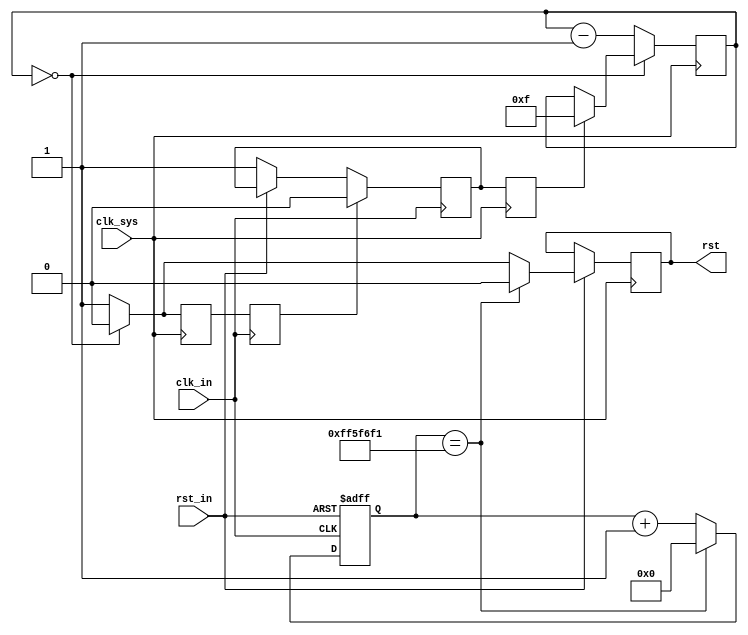
`timescale 1ns / 1ps
//////////////////////////////////////////////////////////////////////////////////
// Company: 
// Engineer: 
// 
// Design Name: 
// Module Name: rstpulse
// Project Name: 
// Target Devices: 
// Tool Versions: 
// Description: 
// 
// Dependencies: 
// 
// Revision:
// Revision 0.01 - File Created
// Additional Comments:
// 
//////////////////////////////////////////////////////////////////////////////////


module rstpulse(
    input clk_in,
    input clk_sys,
    input rst_in,
    output rst
    );
    reg rstreq=1'b0;
    reg rstreq_r;
    reg rstack=1'b0;
    reg rstack_r;
    reg [3:0]rstcnt=4'd0;
    reg rst_r=1'b0;
    reg [31:0] cnt_for_auto_rst = 32'b0;

    parameter time_2_s = (267_777_777);

    assign rst=rst_r;
    
    always@(posedge clk_in)begin
        rstack_r<=rstack;
        if(!rst_in)begin
            rstreq<=1'b1;
        end
        if(rstack_r)begin
            rstreq<=1'b0;
        end
    end
    
    always@(posedge clk_sys)begin
        rstreq_r<=rstreq;
        if(rstreq_r)begin
            rstcnt<=4'd15;
            rstack<=1'b1;
        end
        if(rstcnt==0)begin
            rst_r<=1'b0;
            rstack<=1'b0;
        end else begin
            rstcnt<=rstcnt-4'd1;
            rst_r<=1'b1;
            rstack<=1'b1;
        end

        // change
        if(~rst_in) begin
            rst_r <= rst_r;
        end
        else if(cnt_for_auto_rst == time_2_s) begin
            rst_r <= 0;
        end
    end

    always @(posedge clk_in or negedge rst_in) begin
        if(~rst_in) begin
            cnt_for_auto_rst <= 0;
        end
        else if(cnt_for_auto_rst == time_2_s) begin
            // rst_r <= 0;
            cnt_for_auto_rst <= 0;
        end
        else begin
            cnt_for_auto_rst <= cnt_for_auto_rst + 1;
        end
    end
    
endmodule